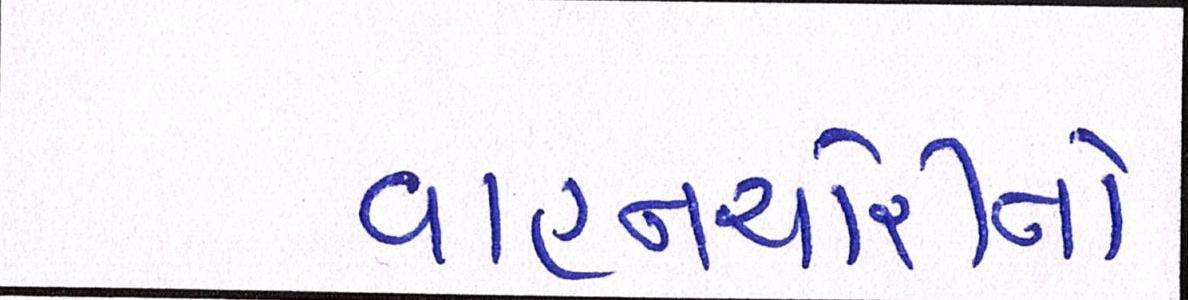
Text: વાહનચોરીનો